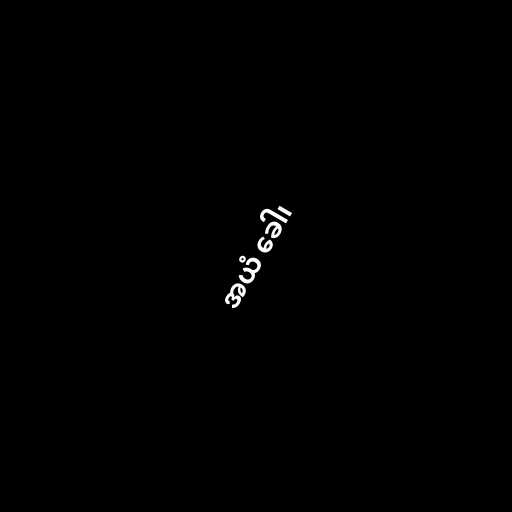
အယံ ခေါ၊